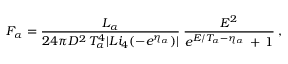
F _ { \alpha } = \frac { L _ { \alpha } } { 2 4 \pi D ^ { 2 } \, T _ { \alpha } ^ { 4 } | L i _ { 4 } ( - e ^ { \eta _ { \alpha } } ) | } \: \frac { E ^ { 2 } } { e ^ { E / T _ { \alpha } - \eta _ { \alpha } } \, + \, 1 } \: ,